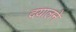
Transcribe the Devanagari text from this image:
दयालने